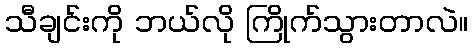
သီချင်းကို ဘယ်လို ကြိုက်သွားတာလဲ။